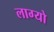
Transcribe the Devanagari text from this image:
लाग्यो